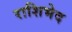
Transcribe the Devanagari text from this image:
राशिभेद